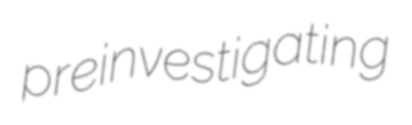
preinvestigating